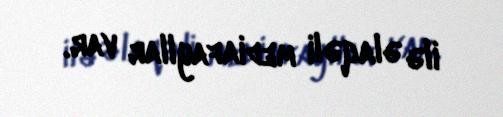
ilə əlaqəli mediafayllar var.